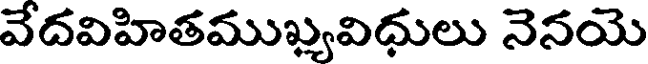
వేదవిహితముఖ్యవిధులు నెనయె